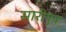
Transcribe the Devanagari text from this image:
सारीपुत्र